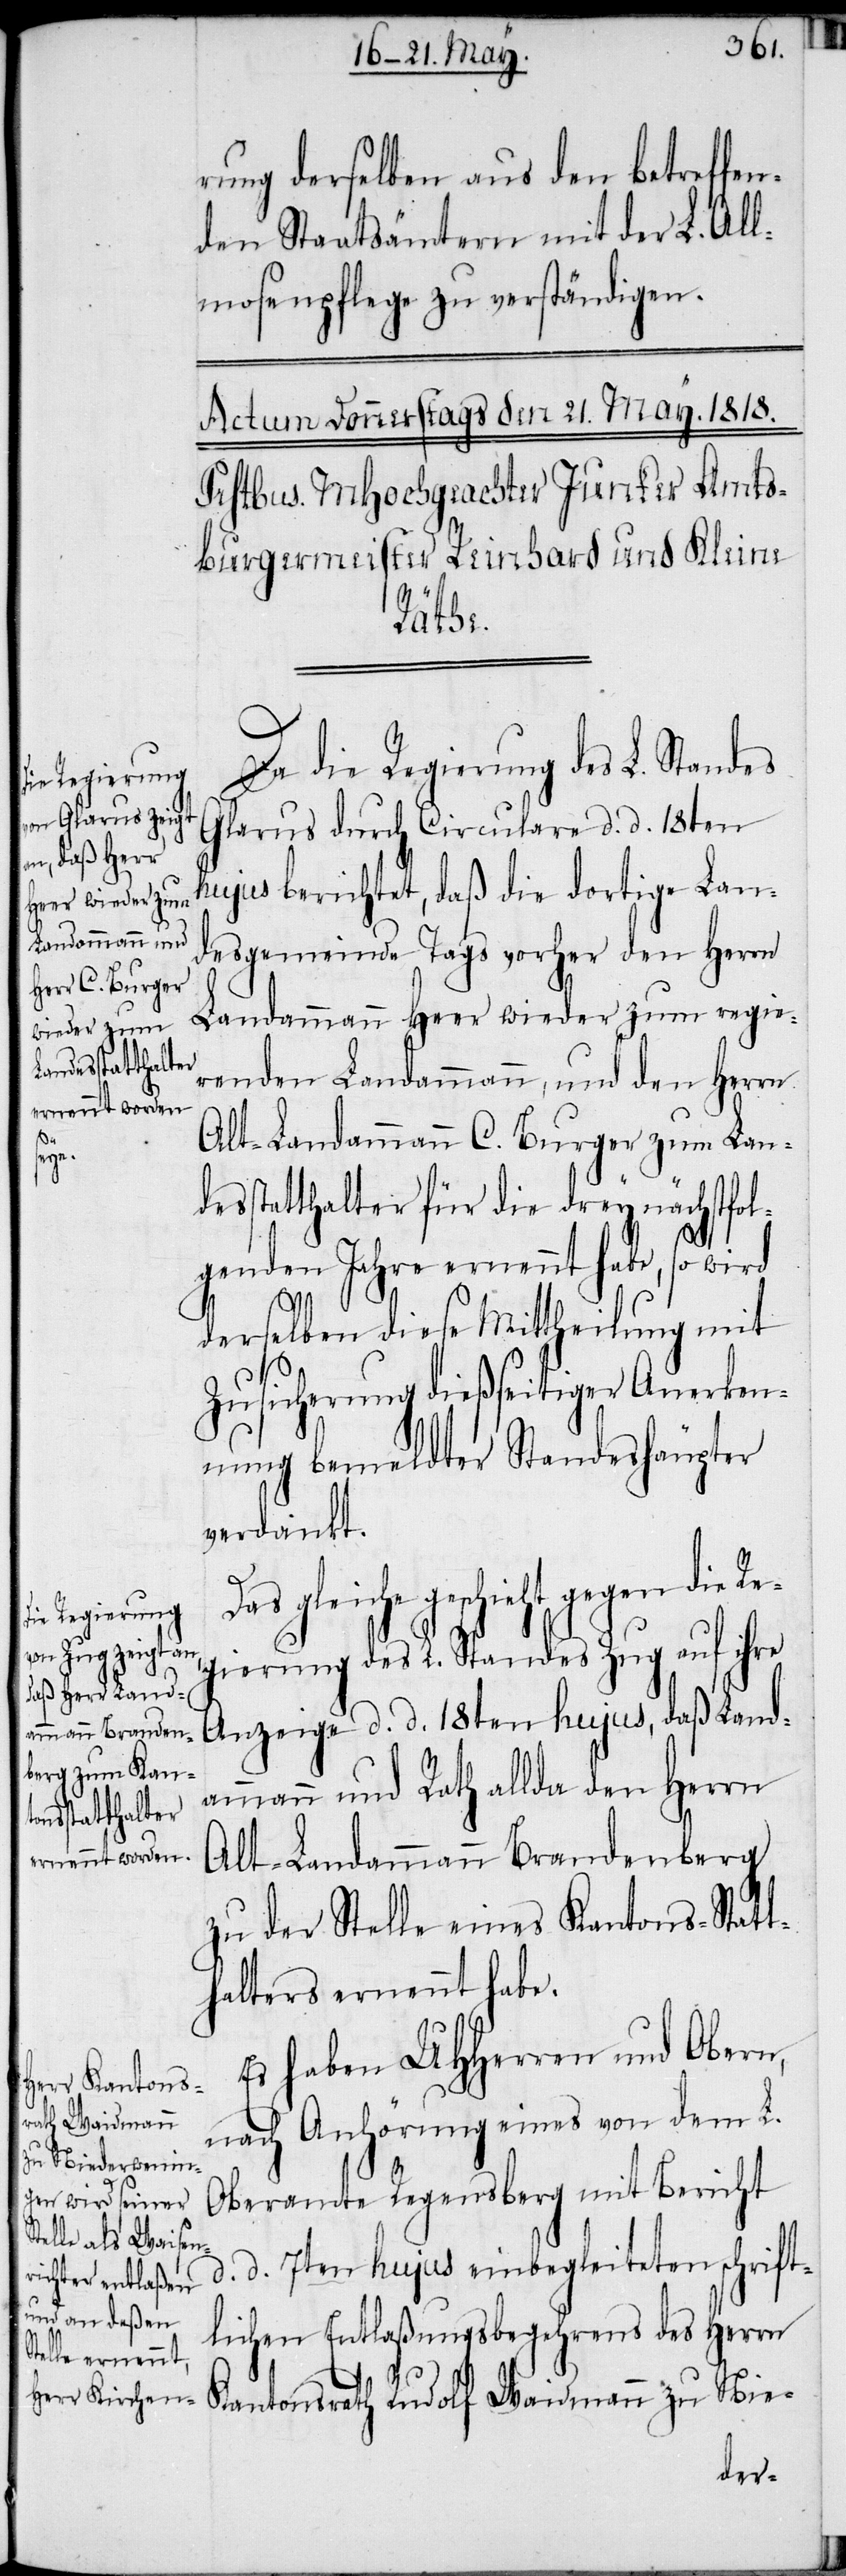
rung derselben aus den betreffe¬
nden Staatsämtern mit der L. All¬
mosenpflege zu verständigen.
Rud¬
Da die Regierung des L. Standes
Glarus durch Circulare d. d. 18ten
hujus berichtet, daß die dortige Lan¬
desgemeinde Tags vorher den Herrn
Landammann Heer wieder zum regie¬
renden Landammann, und den Herrn
Alt-Landammann C. Burger zum Land¬
esstatthalter für die drey nächstfol¬
genden Jahre ernennt habe, so wird
derselben diese Mittheilung mit
Zusicherung dießseitiger Anerken¬
nung bemeldter Standeshäupter
verdankt.
Das gleiche geschieht gegen die Re¬
gierung des L. Standes Zug auf ihre
Anzeige d. d. 18ten hujus, daß Land¬
ammann und Rath allda den Herrn
Alt-Landammann Brandenberg
zu der Stelle eines Kantons-Statt¬
halters ernennt habe.
Es haben UHHerren und Obern,
olf Waidmann
nach Anhörung eines von dem L.
Oberamte Regensberg mit Bericht
d. d. 7ten hujus einbegleiteten schrift¬
lichen Entlaßungsbegehrens des Herrn